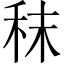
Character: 秣